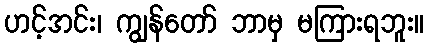
ဟင့်အင်း၊ ကျွန်တော် ဘာမှ မကြားရဘူး။